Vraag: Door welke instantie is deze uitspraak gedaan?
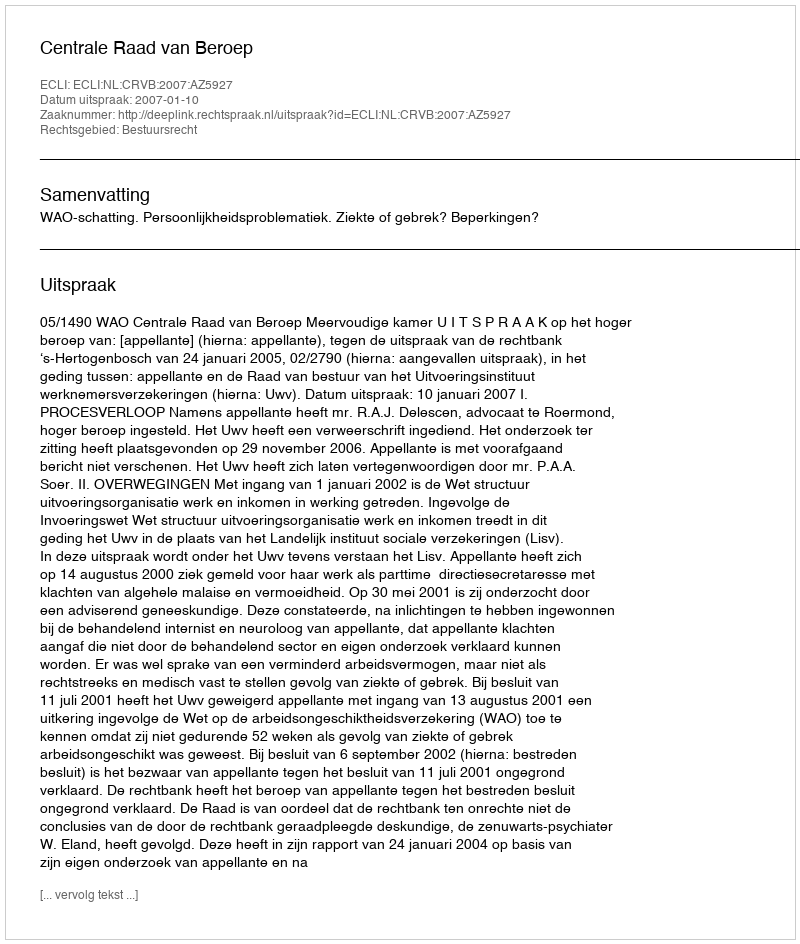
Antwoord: Centrale Raad van Beroep